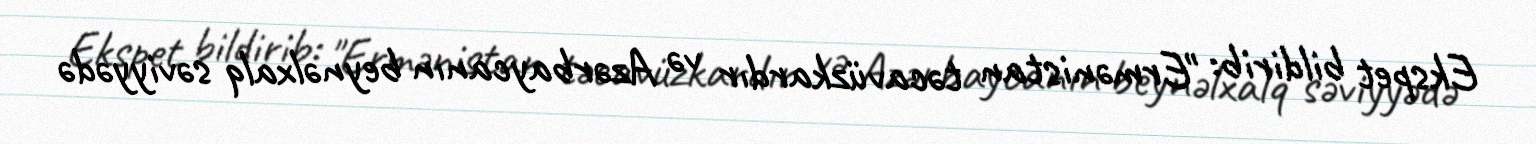
Ekspet bildirib: "Ermənistan təcavüzkardır və Azərbaycanın beynəlxalq səviyyədə